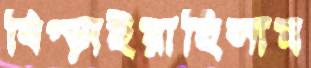
বিগ্‌ড়াইয়াছিলাম